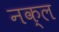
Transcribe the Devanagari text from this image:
नक्ल